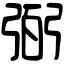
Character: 弼